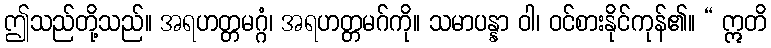
ဤသည်တို့သည်။ အရဟတ္တမဂ္ဂံ၊ အရဟတ္တမဂ်ကို။ သမာပန္နာ ဝါ၊ ဝင်စားနိုင်ကုန်၏။ “ ဣတိ